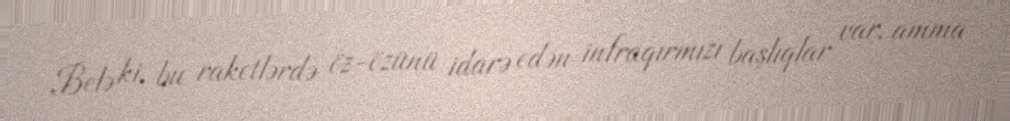
Belə ki, bu raketlərdə öz-özünü idarə edən infraqırmızı başlıqlar var, amma